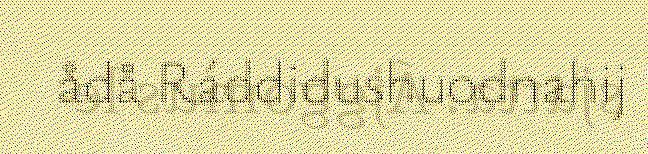
ådå Ráddidushuodnahij